Lunatic asylums Punjab 1868-1880 - 1868-1880
Year: 1868
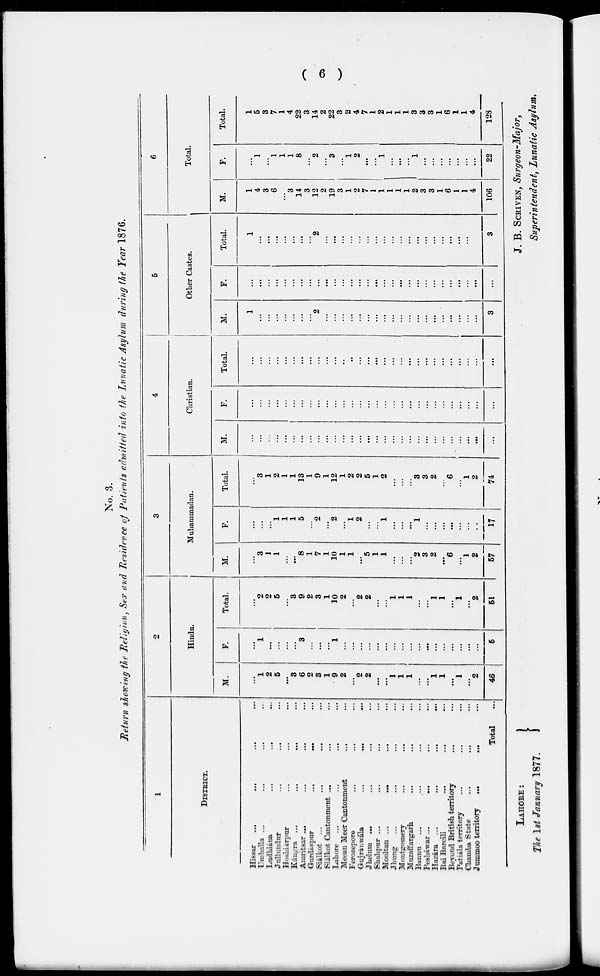
( 6 )
No. 3.
Return showing the Religion, Sex and Residence of Patients admitted into the Lunatic Asylum during the Year 1876.
1
DISTRICT.
Hissar
...
...
...
...
Umballa ... ... ... ...
Lndhiána ... ... ... ...
Jullundur ... ... ... ...
Hoshiarpur ... ... ... ...
Kángra ... ... ... ... ...
Amritsar... ... ... ... ...
Gurdáspur
... ... ... ... ...
Siálkot ... ... ... ... ...
Sialkot Cantonment ... ... ... ... ...
Lahore ... ... ... ...
Meean Meer Cantonment ... ... ... ...
Ferozepore ... ... ... ...
Gujrinwála, ... ... ... ...
Jhelum ... ... ... ... ...
Shahpur ... ... ... ... ...
Mooltan ...
... ... ... ... ...
Jhung ... ... ... ... ...
Montgomery
...
...
Muzaffargarh ...
Bannu
...
...
...
...
Pesháwar...
...
...
...
Hazára ...
...
...
..
Rai Bareili
...
...
...
Beyond British territory
Patiala territory ... ...
Chamba State
Jummoo territory
...
...
...
Total ...
2
Hindu.
M.
...
1
2
5
...
3
6
2
3
1
9
2
. ..
2
2
...
...
1
1
1
. ..
...
1
1
...
1
...
2
46
F.
...
1
...
...
...
...
3
...
...
...
1
...
...
...
...
...
...
...
...
...
...
...
...
...
...
...
...
...
5
Total.
...
2
2
5
...
3
9
2
3
1
10
2
...
2
2
...
...
1
1
1
...
...
1
1
...
1
...
2
51
3
Muhammadan.
M.
...
3
1
1
...
...
8
1
7
1
10
1
1
...
5
1
1
...
...
...
2
3
2
...
6
...
1
2
57
F.
...
...
...
1
1
1
5
...
2
...
2
. ..
1
2
...
...
1
...
...
...
1
...
...
...
...
...
...
17
Total.
...
3
1
2
1
1
13
1
9
1
12
1
2
2
5
1
2
...
...
...
3
3
2
...
6
...
1
2
74
4
Christian.
M.
...
...
...
...
...
...
...
...
...
...
...
...
...
...
...
...
...
...
...
...
...
...
...
...
...
...
...
...
F.
...
...
...
...
...
...
...
...
...
...
...
...
...
...
. ..
. ..
...
...
. ..
...
...
...
...
...
...
...
...
...
...
Total.
...
...
...
...
...
...
...
...
...
...
...
..
...
...
...
...
...
...
...
...
...
...
...
...
...
...
...
...
5
Other Castes.
M.
1
...
...
...
...
...
...
...
2
...
...
...
...
...
...
...
...
...
...
...
...
...
...
...
...
...
...
...
3
F.
...
...
...
...
...
...
...
...
...
...
...
...
...
...
...
...
...
...
...
...
...
...
...
...
...
...
...
...
...
Total.
1
...
...
...
...
...
...
...
2
...
...
...
...
...
...
...
...
...
...
...
...
...
...
...
...
...
...
...
3
6
Total.
M.
1
4
3
6
...
3
14
3
12
2
19
3
1
2
7
1
1
1
1
1
2
3
3
1
6
1
1
4
106
F.
...
1
...
1
1
1
8
...
2
...
3
...
1
2
...
...
1
...
1
...
1
...
...
...
...
...
...
...
22
Total.
1
5
3
7
1
4
22
3
14
2
22
3
2
4
7
1
2
1
1
1
3
3
3
1
6
1
1
4
128
LAHORE:
The 1st January 1877.
J. B. SCRIVEN, Surgeon-Major,
Superintendent, Lunatic Asylum.